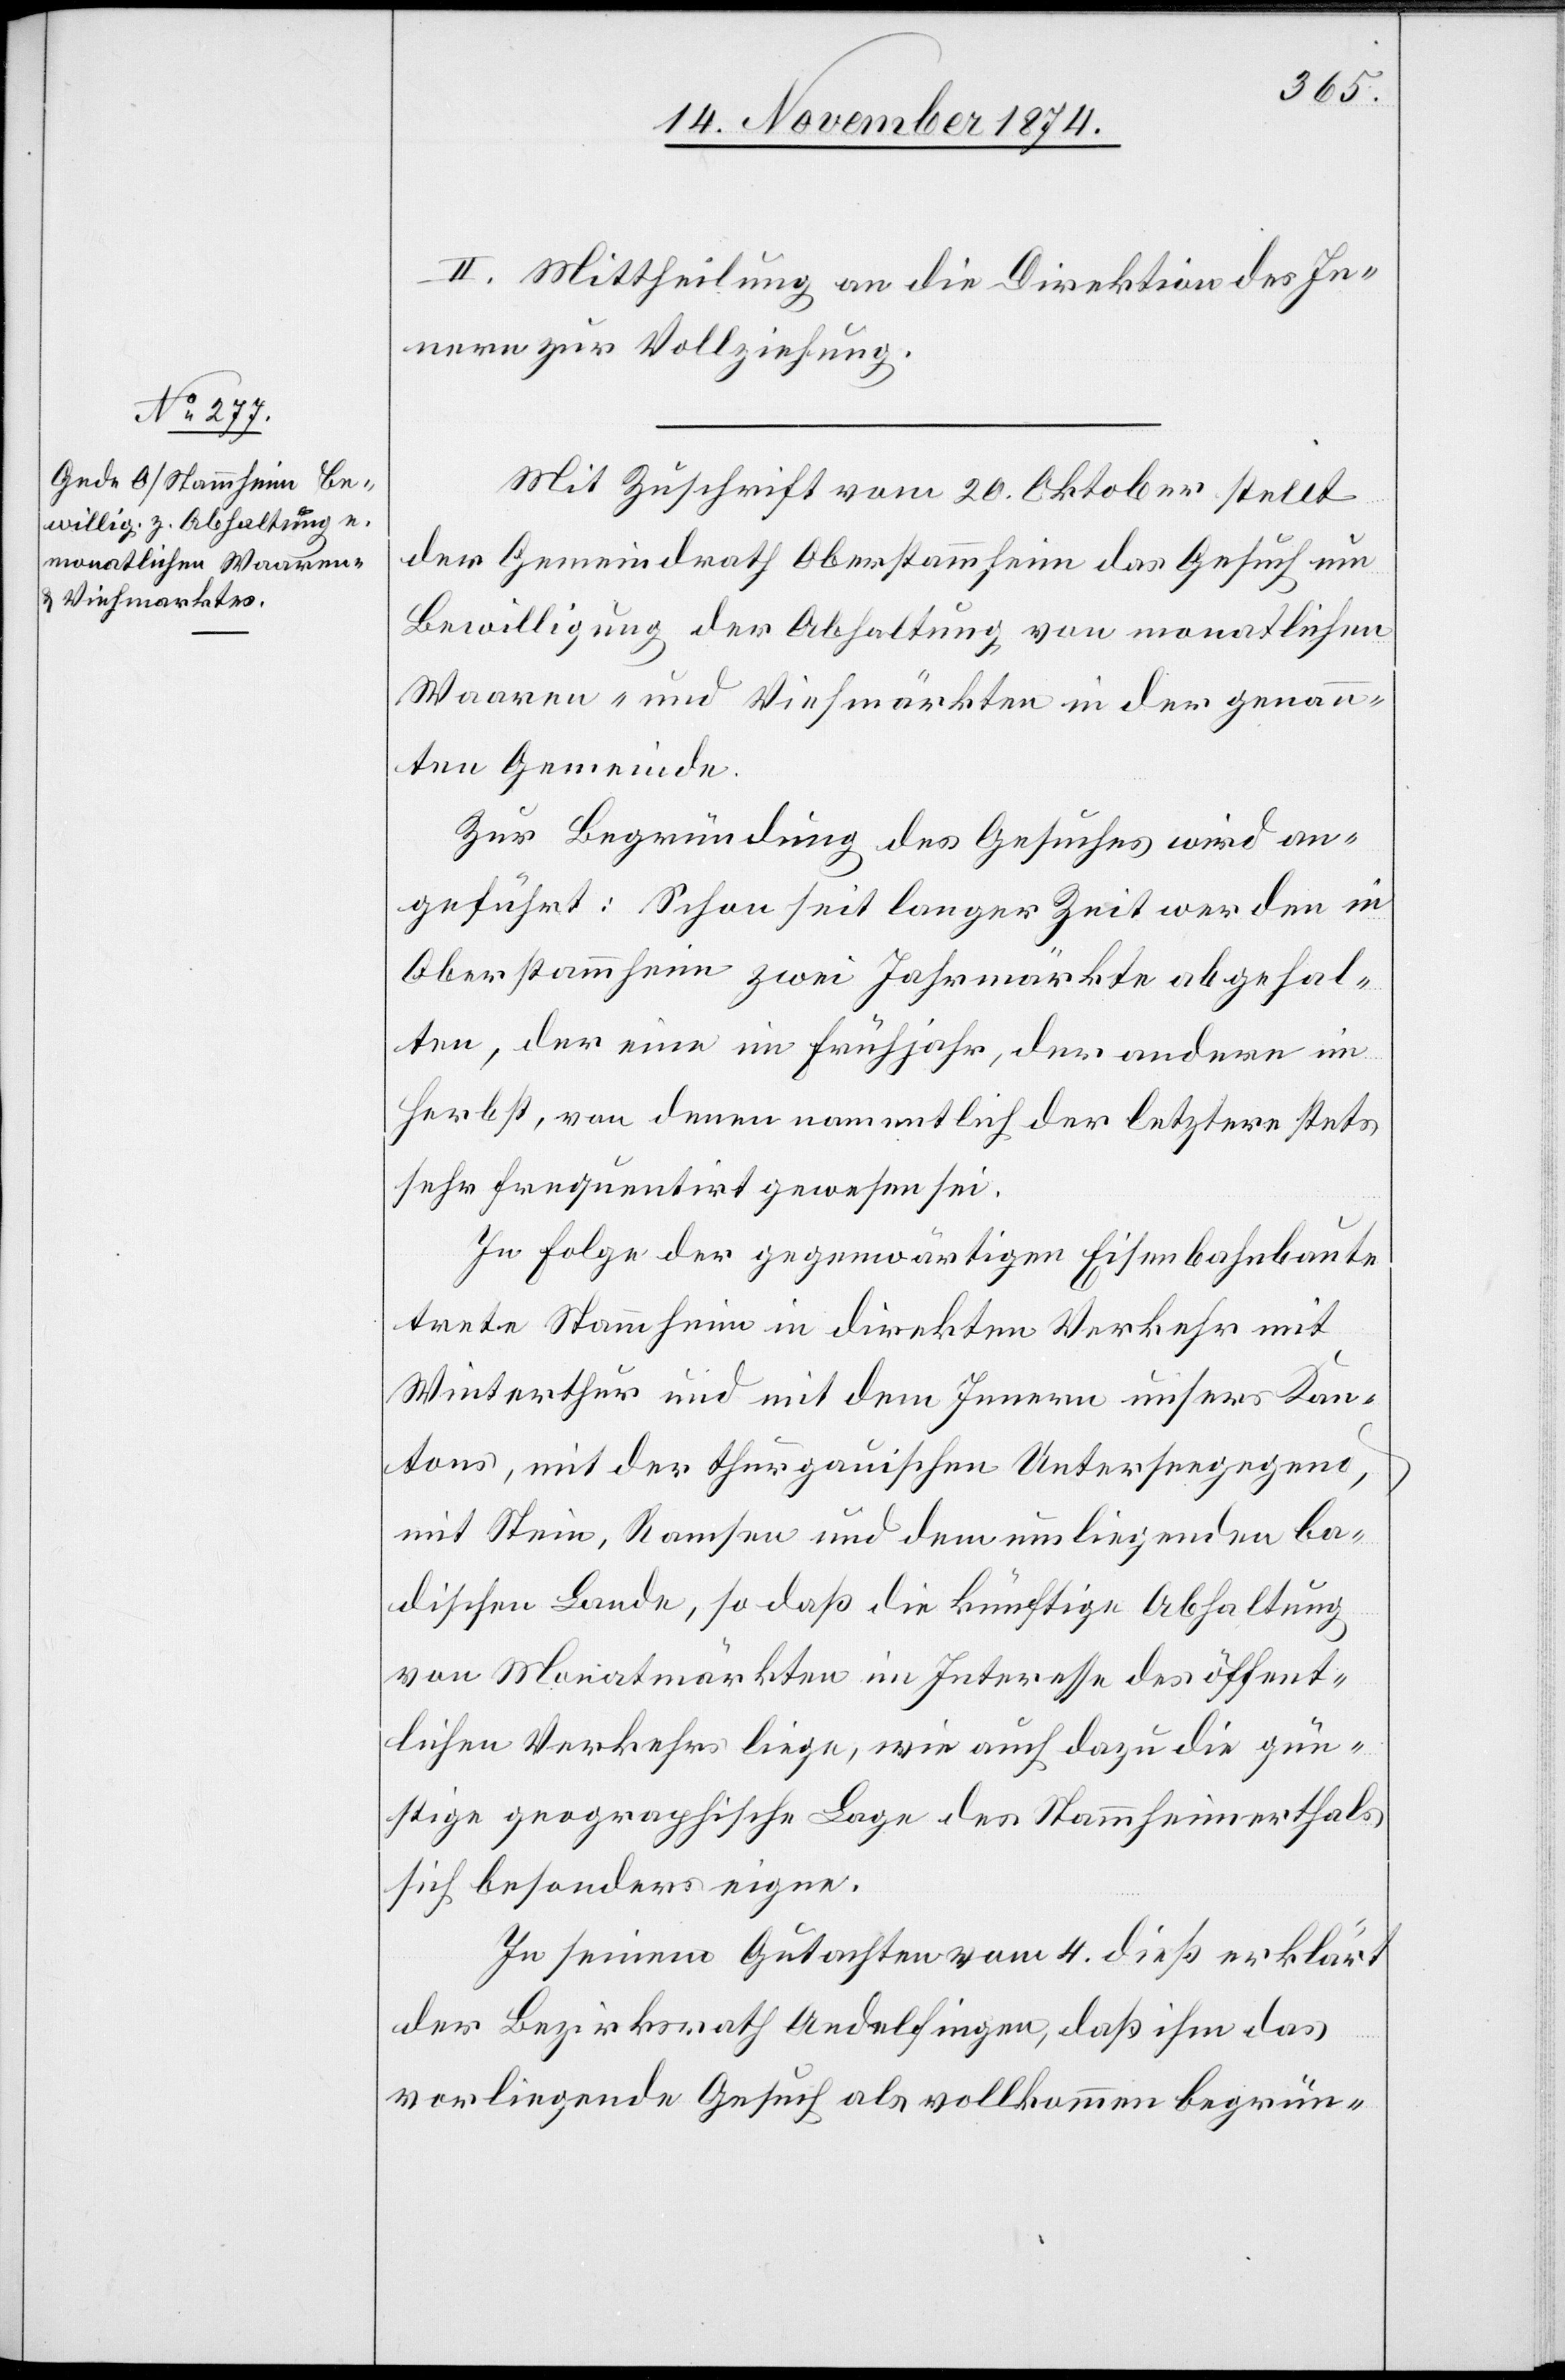
II. Mittheilung an die Direktion des In¬
nern zur Vollziehung.
Mit Zuschrift vom 20. Oktober stellt
der Gemeindrath Oberstammheim das Gesuch um
Bewilligung der Abhaltung von monatlichen
Waaren- und Viehmärkten in der genann¬
ten Gemeinde.
Zur Begründung des Gesuches wird an¬
geführt: Schon seit langer Zeit werden in
Oberstammheim zwei Jahrmärkte abgehal¬
ten, der eine im Frühjahr, der andere im
Herbst, von denen namentlich der letztere stets
sehr frequentirt gewesen sei.
In Folge der gegenwärtigen Eisenbahnbaute
trete Stammheim in direkten Verkehr mit
Winterthur und mit dem Innern unsers Kan¬
tons, mit der thurgauischen Unterseegegend,
mit Stein, Ramsen und dem umliegenden ba¬
dischen Lande, so daß die künftige Abhaltung
von Monatmärkten im Interesse des öffent¬
lichen Verkehrs liege, wie auch dazu die gün¬
stige geographische Lage des Stammheimerthals
sich besonders eigne.
In seinem Gutachten vom 4. dieß erklärt
der Bezirksrath Andelfingen, daß ihm das
vorliegende Gesuch als vollkommen begrün-